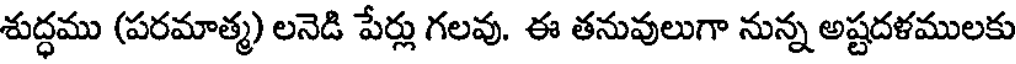
శుద్ధము (పరమాత్మ) లనెడి పేర్లు గలవు. ఈ తనువులుగా నున్న అష్టదళములకు